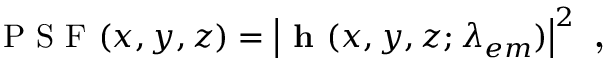
\mathrm { ~ P ~ S ~ F ~ } ( x , y , z ) = \left| \textbf { h } ( x , y , z ; \lambda _ { e m } ) \right| ^ { 2 } \textbf { , }